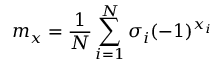
m _ { x } = \frac { 1 } { N } \sum _ { i = 1 } ^ { N } \sigma _ { i } ( - 1 ) ^ { x _ { i } }